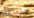
جينسن